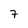
Character: 7